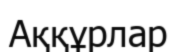
Аққұрлар